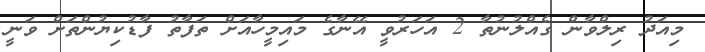
މިއަދު ރިލްވާން ގެއްލުނުތާ 2 އަހަރުވީ އޭނާގެ މައިމީހާއަށް ތަފާތު ފާޑުކިޔުންތަށް ވަނީ